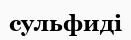
сульфиді